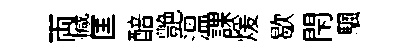
両憾匡醅艶溫課煖歇閇颿